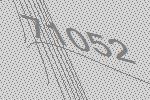
71052